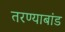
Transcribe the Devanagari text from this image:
तरण्याबांड